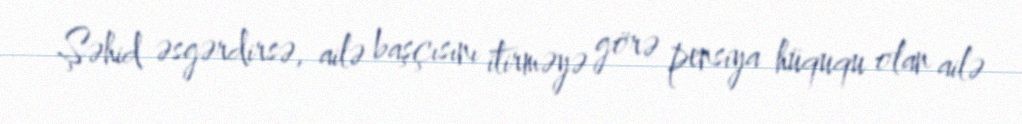
Şəhid əsgərdirsə, ailə başçısını itirməyə görə pensiya hüququ olan ailə